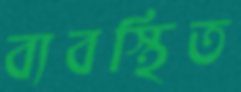
ব্যবস্থিত